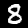
Digit: 8